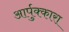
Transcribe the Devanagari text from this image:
आर्पुक्कारा